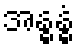
အန္ဓန္ဓံ